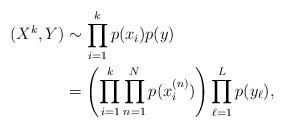
LaTeX: \begin{align*}(X^k, Y) &\sim \prod_{i=1}^k p(x_{i}) p(y)\\&= \left(\prod_{i=1}^k\prod_{n=1}^N p(x^{(n)}_{i})\right)\prod_{\ell=1}^L p(y_{\ell}), \end{align*}